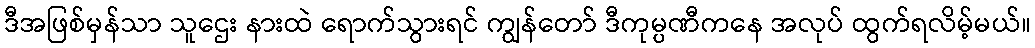
ဒီအဖြစ်မှန်သာ သူဌေး နားထဲ ရောက်သွားရင် ကျွန်တော် ဒီကုမ္ပဏီကနေ အလုပ် ထွက်ရလိမ့်မယ်။